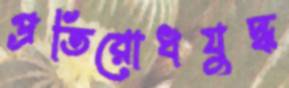
প্রতিরোধযুদ্ধ